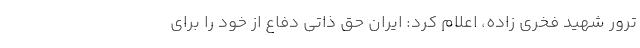
ترور شهید فخری زاده، اعلام کرد: ایران حق ذاتی دفاع از خود را برای